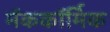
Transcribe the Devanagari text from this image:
मॅककॉर्मिक